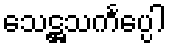
သေဋ္ဌသင်္ကပ္ပေါ